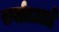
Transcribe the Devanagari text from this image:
सर्वातआहे